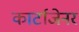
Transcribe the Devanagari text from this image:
कार्टाजेनर